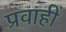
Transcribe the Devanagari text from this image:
प्रवाहीं